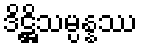
ဒိဋ္ဌိသမ္ပန္နဿ